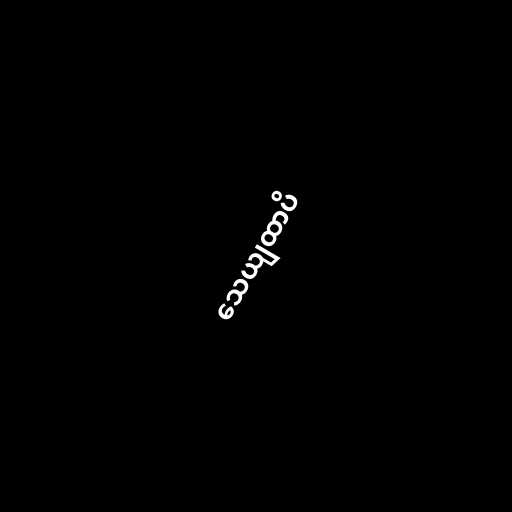
သေယျထာပိ